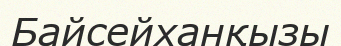
Байсейханқызы